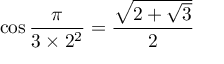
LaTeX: \cos { \frac { \pi } { 3 \times 2 ^ { 2 } } } = { \frac { \sqrt { 2 + { \sqrt { 3 } } } } { 2 } }